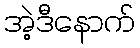
အဲ့ဒီနောက်